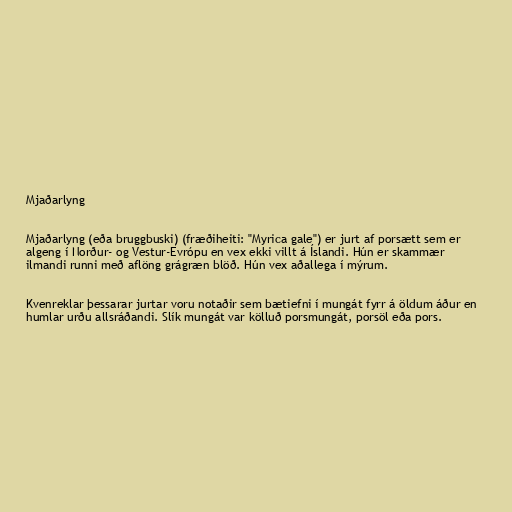
Mjaðarlyng

Mjaðarlyng (eða bruggbuski) (fræðiheiti: "Myrica gale") er jurt af porsætt sem er
algeng í Norður- og Vestur-Evrópu en vex ekki villt á Íslandi. Hún er skammær
ilmandi runni með aflöng grágræn blöð. Hún vex aðallega í mýrum.

Kvenreklar þessarar jurtar voru notaðir sem bætiefni í mungát fyrr á öldum áður en
humlar urðu allsráðandi. Slík mungát var kölluð porsmungát, porsöl eða pors.